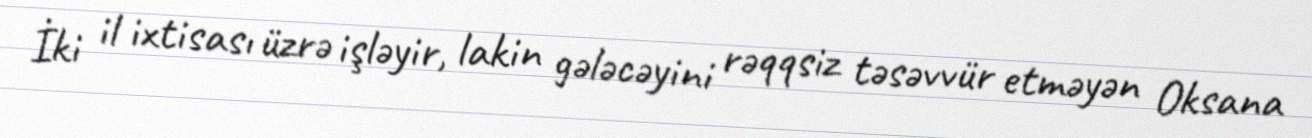
İki il ixtisası üzrə işləyir, lakin gələcəyini rəqqsiz təsəvvür etməyən Oksana